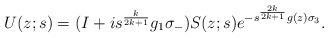
LaTeX: \begin{align*}U(z;s)=(I+i s^{\frac{k}{2k+1}}g_1 \sigma_-)S(z;s)e^{-s^{\frac{2k}{2k+1}}g(z)\sigma_3}.\end{align*}